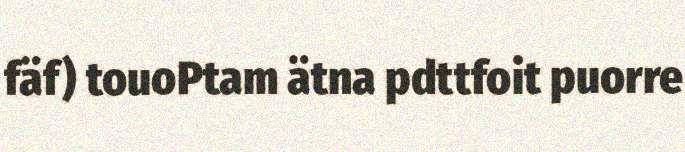
fäf) touoPtam ätna pdttfoit puorre